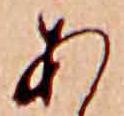
あ